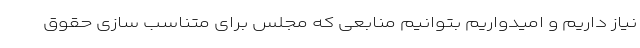
نیاز داریم و امیدواریم بتوانیم منابعی که مجلس برای متناسب سازی حقوق